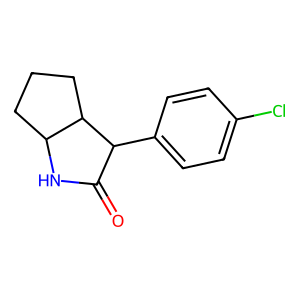
SMILES: O=C1NC2CCCC2C1c1ccc(Cl)cc1
Inhibits HIV replication: No